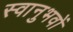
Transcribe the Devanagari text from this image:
स्वानुभवों